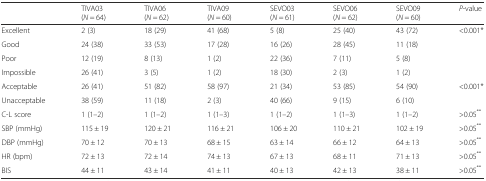
<table><thead><tr><td></td><td><b>TIVA03(<i>N</i> = 64)</b></td><td><b>TIVA06(<i>N</i> = 62)</b></td><td><b>TIVA09(<i>N</i> = 60)</b></td><td><b>SEVO03(<i>N</i> = 61)</b></td><td><b>SEVO06(<i>N</i> = 62)</b></td><td><b>SEVO09(<i>N</i> = 60)</b></td><td><b><i>P</i>-value</b></td></tr></thead><tbody><tr><td>Excellent</td><td>2 (3)</td><td>18 (29)</td><td>41 (68)</td><td>5 (8)</td><td>25 (40)</td><td>43 (72)</td><td>&lt;0.001*</td></tr><tr><td>Good</td><td>24 (38)</td><td>33 (53)</td><td>17 (28)</td><td>16 (26)</td><td>28 (45)</td><td>11 (18)</td><td></td></tr><tr><td>Poor</td><td>12 (19)</td><td>8 (13)</td><td>1 (2)</td><td>22 (36)</td><td>7 (11)</td><td>5 (8)</td><td></td></tr><tr><td>Impossible</td><td>26 (41)</td><td>3 (5)</td><td>1 (2)</td><td>18 (30)</td><td>2 (3)</td><td>1 (2)</td><td></td></tr><tr><td>Acceptable</td><td>26 (41)</td><td>51 (82)</td><td>58 (97)</td><td>21 (34)</td><td>53 (85)</td><td>54 (90)</td><td>&lt;0.001*</td></tr><tr><td>Unacceptable</td><td>38 (59)</td><td>11 (18)</td><td>2 (3)</td><td>40 (66)</td><td>9 (15)</td><td>6 (10)</td><td></td></tr><tr><td>C-L score</td><td>1 (1–2)</td><td>1 (1–2)</td><td>1 (1–3)</td><td>1 (1–2)</td><td>1 (1–3)</td><td>1 (1–2)</td><td>&gt;0.05<sup>**</sup></td></tr><tr><td>SBP (mmHg)</td><td>115 ± 19</td><td>120 ± 21</td><td>116 ± 21</td><td>106 ± 20</td><td>110 ± 21</td><td>102 ± 19</td><td>&gt;0.05<sup>**</sup></td></tr><tr><td>DBP (mmHg)</td><td>70 ± 12</td><td>70 ± 13</td><td>68 ± 15</td><td>63 ± 14</td><td>66 ± 12</td><td>64 ± 13</td><td>&gt;0.05<sup>**</sup></td></tr><tr><td>HR (bpm)</td><td>72 ± 13</td><td>72 ± 14</td><td>74 ± 13</td><td>67 ± 13</td><td>68 ± 11</td><td>71 ± 13</td><td>&gt;0.05<sup>**</sup></td></tr><tr><td>BIS</td><td>44 ± 11</td><td>43 ± 14</td><td>41 ± 11</td><td>40 ± 13</td><td>42 ± 13</td><td>38 ± 11</td><td>&gt;0.05<sup>**</sup></td></tr></tbody></table>